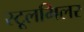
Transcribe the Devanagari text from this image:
स्टूलमिलर